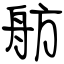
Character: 舫